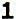
1